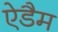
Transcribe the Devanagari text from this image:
ऐडैम